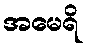
အမေရိ